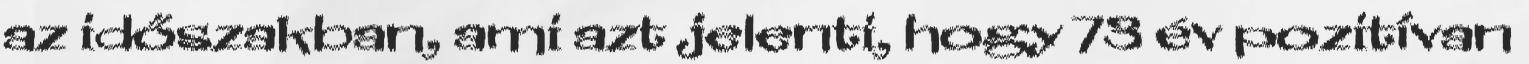
az időszakban, ami azt jelenti, hogy 73 év pozitívan